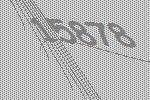
15878